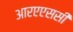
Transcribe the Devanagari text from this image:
आरएएससी